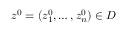
z ^ { 0 } = ( z _ { 1 } ^ { 0 } , \dots , z _ { n } ^ { 0 } ) \in D